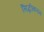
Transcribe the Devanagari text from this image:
सिद्धीकरन